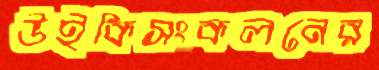
উইকিসংকলনের